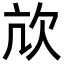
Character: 㰠